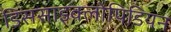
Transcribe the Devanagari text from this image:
डिससाइक्लोपिडियन